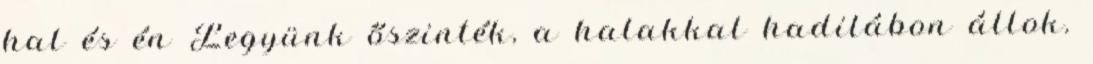
hal és én Legyünk őszinték, a halakkal hadilábon állok.